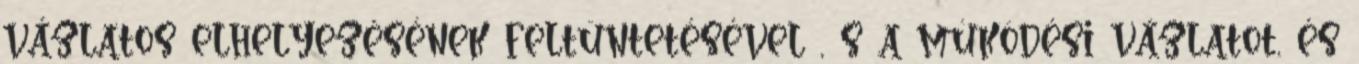
vázlatos elhelyezésének feltüntetésével , s a mûködési vázlatot, és